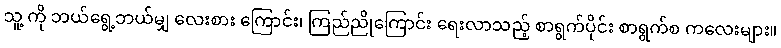
သူ့ ကို ဘယ်ရွေ့ဘယ်မျှ လေးစား ကြောင်း၊ ကြည်ညိုကြောင်း ရေးလာသည့် စာရွက်ပိုင်း စာရွက်စ ကလေးများ။